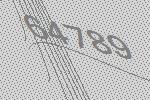
64789